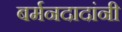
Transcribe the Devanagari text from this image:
बर्मनदादांनी